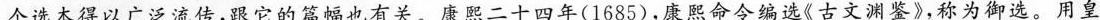
个选本得以广泛流传，跟它的篇幅也有关。康熙二十四年(1685)，康熙命令编选《古文渊鉴》，称为御选。用皇